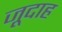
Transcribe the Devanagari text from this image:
जूदाह